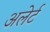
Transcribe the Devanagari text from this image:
अलेर्ट